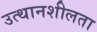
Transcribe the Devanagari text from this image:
उत्थानशीलता